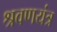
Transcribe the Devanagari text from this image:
श्रवणयंत्र